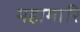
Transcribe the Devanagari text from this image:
महामारि